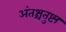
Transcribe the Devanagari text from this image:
अंतश्चतुष्ट्य